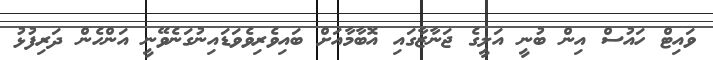
ވައިޓް ހައުސް އިން ބުނީ އަލީގެ ޖަނާޒާގައި އޮބާމާއަށް ބައިވެރިވެވަޑައިނުގަނެވޭނީ އަންހެން ދަރިފުޅު